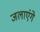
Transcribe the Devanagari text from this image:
जलाएंगे